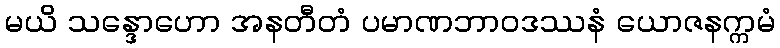
မယိ သန္ဒောဟော အနတီတံ ပမာဏဘာဝဒဿနံ ယောဇနက္ကမံ